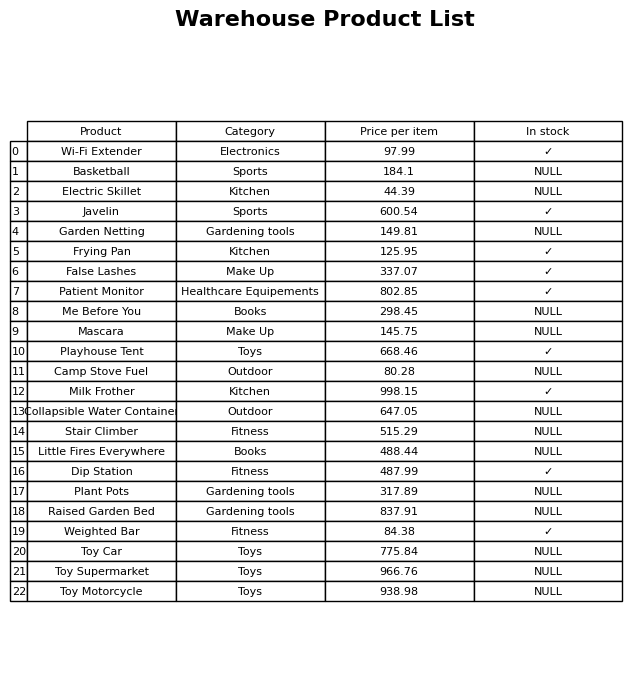
question: What is the stock status of the Toy Supermarket?
answer: NULL